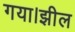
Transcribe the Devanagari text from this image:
गया।झील